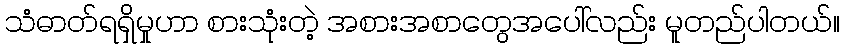
သံဓာတ်ရရှိမှုဟာ စားသုံးတဲ့ အစားအစာတွေအပေါ်လည်း မူတည်ပါတယ်။